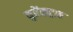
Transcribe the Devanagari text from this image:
युरेंसट्राब